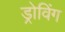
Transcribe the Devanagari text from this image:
ड्रोविंग